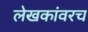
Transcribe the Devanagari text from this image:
लेखकांवरच